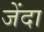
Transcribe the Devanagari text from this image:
जेंदा